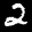
Label: 2